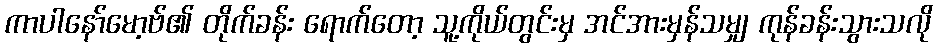
ကာပါနော်မော့ဗ်၏ တိုက်ခန်း ရောက်တော့ သူ့ကိုယ်တွင်းမှ အင်အားမှန်သမျှ ကုန်ခန်းသွားသလို